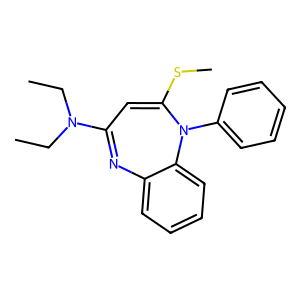
SMILES: CCN(CC)C1=Nc2ccccc2N(c2ccccc2)C(SC)=C1
Inhibits HIV replication: No